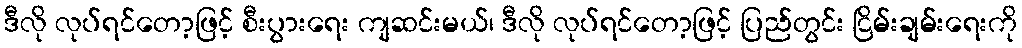
ဒီလို လုပ်ရင်တော့ဖြင့် စီးပွားရေး ကျဆင်းမယ်၊ ဒီလို လုပ်ရင်တော့ဖြင့် ပြည်တွင်း ငြိမ်းချမ်းရေးကို